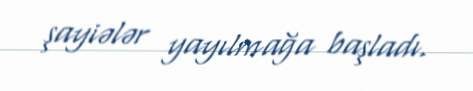
şayiələr yayılmağa başladı.